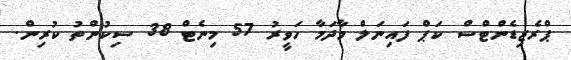
ޕްރެޒިޑެންޓްސް ކަޕް ފައިނަލް މާދަމާ ހަވީރު 57 މިނެޓް 38 ސިކުންތު ކުރިން.